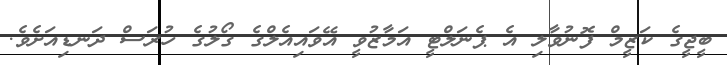
ބީޖީގެ ކަޒީމް ފޮނުވާލި އެ ޕެނަލްޓީ އަމާޒުވީ އޭވައިއެލްގެ ގޯލުގެ ހުރަސް ދަނޑިއަށެވެ.